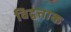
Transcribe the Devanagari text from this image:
विद्वत्ताक